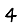
Digit: 4